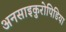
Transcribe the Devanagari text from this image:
अनसाइकुरोपिडिया